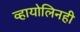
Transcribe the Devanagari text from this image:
व्हायोलिनही